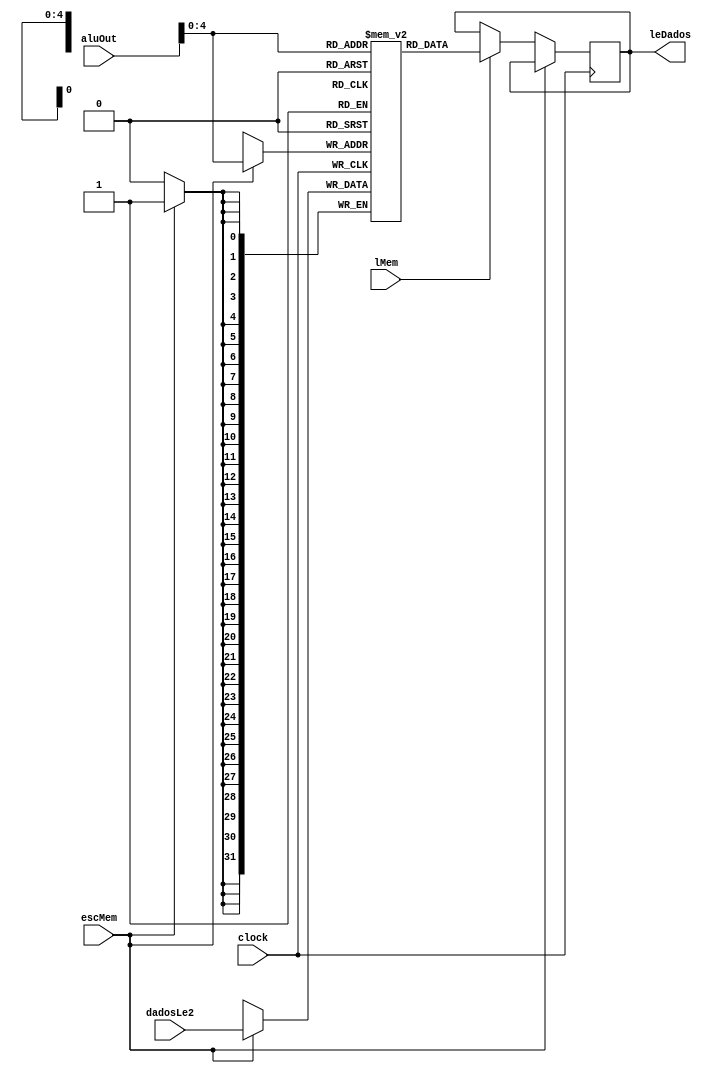
module dataMem (input wire clock, input wire lMem, input wire escMem, input wire [31:0] aluOut, input wire [31:0] dadosLe2, output wire [31:0] leDados);
	
	reg [31:0] dados [0:31];
	reg [31:0] lD;

	always @(posedge clock)
	begin
		if (escMem == 1'b1)
			dados[aluOut] <= dadosLe2;
		else if (lMem == 1'b1)
			lD = dados[aluOut];
	end
	
	assign leDados = lD;
	
endmodule

//modulo q tem como saida os dados da operacao realizada